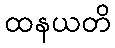
ထနယတိ